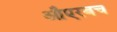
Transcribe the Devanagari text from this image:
औएरबच